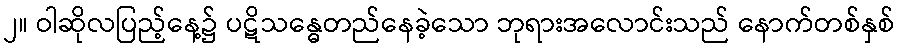
၂။ ဝါဆိုလပြည့်နေ့၌ ပဋိသန္ဓေတည်နေခဲ့သော ဘုရားအလောင်းသည် နောက်တစ်နှစ်